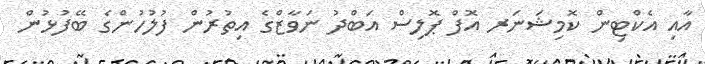
އާއި އެކްޓިން ކޮމިޝަނަރ އޮފް ޕޮލިސް އަބްދު ނަވާޒްގެ އިތުރުން ފުލުހުންގެ ބޭފުޅުން